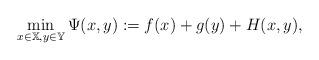
LaTeX: \begin{align*} \min_{x\in\mathbb{X},y\in\mathbb{Y}}\Psi(x,y):=f(x)+g(y)+H(x,y), \end{align*}